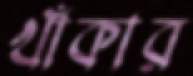
খাঁকার